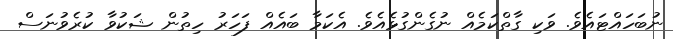
ނުބަހައްޓައެވެ. ވަކި ގާތްކަމެއް ނުގެންގުޅެއެވެ. އެކަމާ ބައެއް ފަހަރު ހިތުން ޝަކުވާ ކުރެވުނަސް